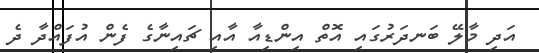
އަދި މާލޭ ބަނދަރުގައި އޮތް އިންޑިއާ އާއި ޗައިނާގެ ފެން އުފައްދާ ދެ